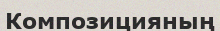
Композицияның